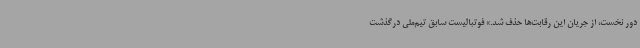
دور نخست، از جریان این رقابت‌ها حذف شد.» فوتبالیست سابق تیم‌ملی درگذشت